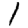
Digit: 1